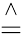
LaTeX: \stackrel{\wedge}{=}